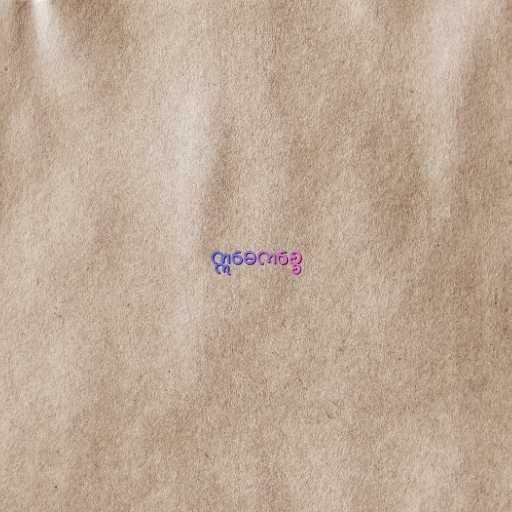
ဣဓေကစ္စေ